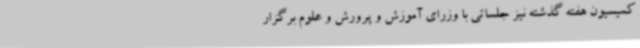
کمیسیون هفته گذشته نیز جلساتی با وزرای آموزش و پرورش و علوم برگزار